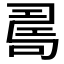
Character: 𠷎